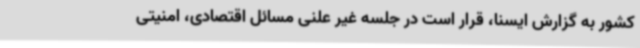
کشور به گزارش ایسنا، قرار است در جلسه غیر علنی مسائل اقتصادی، امنیتی